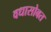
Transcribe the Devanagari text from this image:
वधासोबत